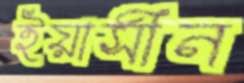
ইয়াসীন